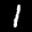
Label: 1